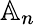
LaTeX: \mathbb{A}_{n}